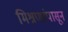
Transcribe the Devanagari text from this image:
मिश्रणांपासून